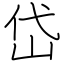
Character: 岱